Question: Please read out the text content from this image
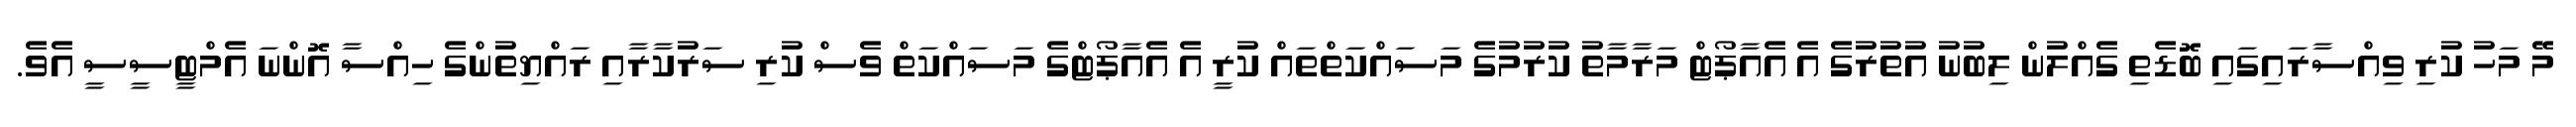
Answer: މޭ މަހު ކުރި ވިއްސާރައިގައި ބޮޑެތި ގެއްލުން ލިބުނު އުތުރުގެ އެ އެއާޕޯޓް މަރާމާތު ކުރުމުގެ މަސައްކަތްތައް ކުރީ އެ އެއާޕޯޓްގެ މަސައްކަތް ވެސް ކުރި ސަރުކާރާއި ރައްޔިތުންގެ ހިއްސާ އޮންނަ އެމްޓީސީސީ އެވެ.